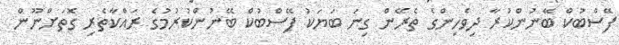
ފޭސްބުކް ބޭނުންކުރާ ދިވެހިންގެ ތެރޭން ގިނަ ބަޔަކު ފޭސްބުކް ބޭނުންކުރުމުގެ ރައްކާތެރި ގޮތަށްނޫން